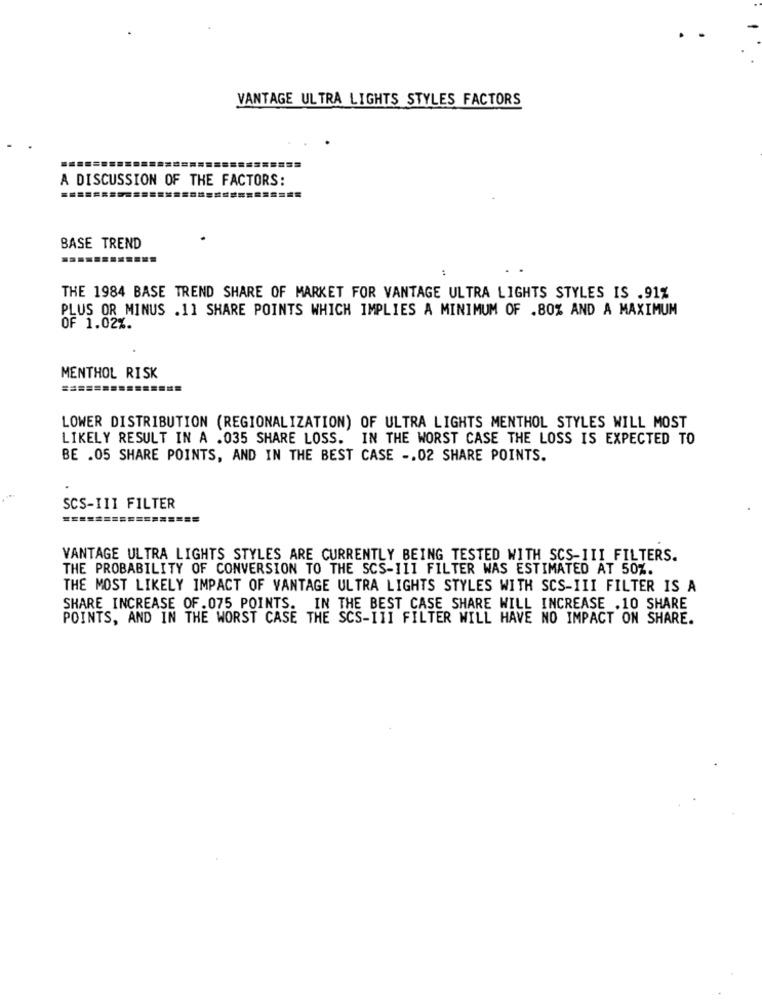
VANTAGE ULTRA LIGHTS STYLES FACTORS
A DISCUSSION OF THE FACTORS:
BASE TREND
THE 1984 BASE TREND SHARE OF MARKET FOR VANTAGE ULTRA LIGHTS STYLES IS .91%
PLUS OR MINUS .11 SHARE POINTS WHICH IMPLIES A MINIMUM OF .80% AND A MAXIMUM
OF 1.02%.
MENTHOL RISK
====
LOWER DISTRIBUTION (REGIONALIZATION) OF ULTRA LIGHTS MENTHOL STYLES WILL MOST
LIKELY RESULT IN A .035 SHARE LOSS. IN THE WORST CASE THE LOSS IS EXPECTED TO
BE .05 SHARE POINTS, AND IN THE BEST CASE -. 02 SHARE POINTS.
SCS-III FILTER
VANTAGE ULTRA LIGHTS STYLES ARE CURRENTLY BEING TESTED WITH SCS-III FILTERS.
THE PROBABILITY OF CONVERSION TO THE SCS-111 FILTER WAS ESTIMATED AT 50%.
THE MOST LIKELY IMPACT OF VANTAGE ULTRA LIGHTS STYLES WITH SCS-III FILTER IS A
SHARE INCREASE OF . 075 POINTS. IN THE BEST CASE SHARE WILL INCREASE .10 SHARE
POINTS, AND IN THE WORST CASE THE SCS-III FILTER WILL HAVE NO IMPACT ON SHARE.